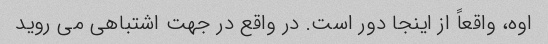
اوه، واقعاً از اینجا دور است. در واقع در جهت اشتباهی می روید